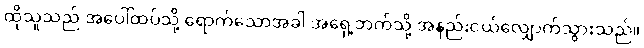
ထိုသူသည် အပေါ်ထပ်သို့ ရောက်သောအခါ အရှေ့ဘက်သို့ အနည်းငယ်လျှောက်သွားသည်။